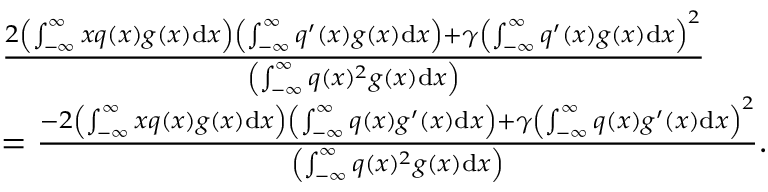
\begin{array} { r l } & { \frac { 2 \left( \int _ { - \infty } ^ { \infty } x q ( x ) g ( x ) \mathrm { d } x \right) \left( \int _ { - \infty } ^ { \infty } q ^ { \prime } ( x ) g ( x ) \mathrm { d } x \right) + \gamma \left( \int _ { - \infty } ^ { \infty } q ^ { \prime } ( x ) g ( x ) \mathrm { d } x \right) ^ { 2 } } { \left( \int _ { - \infty } ^ { \infty } q ( x ) ^ { 2 } g ( x ) \mathrm { d } x \right) } } \\ & { = \frac { - 2 \left( \int _ { - \infty } ^ { \infty } x q ( x ) g ( x ) \mathrm { d } x \right) \left( \int _ { - \infty } ^ { \infty } q ( x ) g ^ { \prime } ( x ) \mathrm { d } x \right) + \gamma \left( \int _ { - \infty } ^ { \infty } q ( x ) g ^ { \prime } ( x ) \mathrm { d } x \right) ^ { 2 } } { \left( \int _ { - \infty } ^ { \infty } q ( x ) ^ { 2 } g ( x ) \mathrm { d } x \right) } . } \end{array}